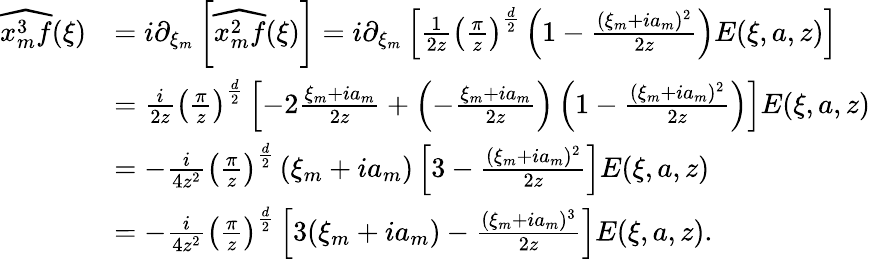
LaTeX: \begin{array}{rl}{\widehat{x_{m}^{3}f}(\xi)}&{=i\partial_{\xi_{m}}\left[\widehat{x_{m}^{2}f}(\xi)\right]=i\partial_{\xi_{m}}\left[\frac{1}{2z}\left(\frac{\pi}{z}\right)^{\frac{d}{2}}\left(1-\frac{(\xi_{m}+ia_{m})^{2}}{2z}\right)E(\xi,a,z)\right]}\\ &{=\frac{i}{2z}\left(\frac{\pi}{z}\right)^{\frac{d}{2}}\left[-2\frac{\xi_{m}+ia_{m}}{2z}+\left(-\frac{\xi_{m}+ia_{m}}{2z}\right)\left(1-\frac{(\xi_{m}+ia_{m})^{2}}{2z}\right)\right]E(\xi,a,z)}\\ &{=-\frac{i}{4z^{2}}\left(\frac{\pi}{z}\right)^{\frac{d}{2}}\left(\xi_{m}+ia_{m}\right)\left[3-\frac{(\xi_{m}+ia_{m})^{2}}{2z}\right]E(\xi,a,z)}\\ &{=-\frac{i}{4z^{2}}\left(\frac{\pi}{z}\right)^{\frac{d}{2}}\left[3(\xi_{m}+ia_{m})-\frac{(\xi_{m}+ia_{m})^{3}}{2z}\right]E(\xi,a,z).}\end{array}